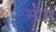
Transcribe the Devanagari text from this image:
सीमे